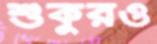
শুকুরও